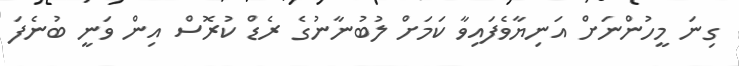
ގިނަ މީހުންނަށް އަނިޔާވެފައިވާ ކަމަށް ލުބުނާނުގެ ރެޑް ކުރޮސް އިން ވަނީ ބުނެފަ